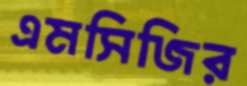
এমসিজির